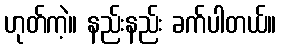
ဟုတ်ကဲ့။ နည်းနည်း ခက်ပါတယ်။